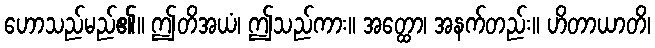
ဟောသည်မည်၏။ ဤတိအယံ၊ ဤသည်ကား။ အတ္ထော၊ အနက်တည်း။ ဟိတာယာတိ၊